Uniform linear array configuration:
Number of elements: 4
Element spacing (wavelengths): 0.75
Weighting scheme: binomial
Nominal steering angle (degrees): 45
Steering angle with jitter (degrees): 43.646
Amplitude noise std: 0.05
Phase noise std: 0.05

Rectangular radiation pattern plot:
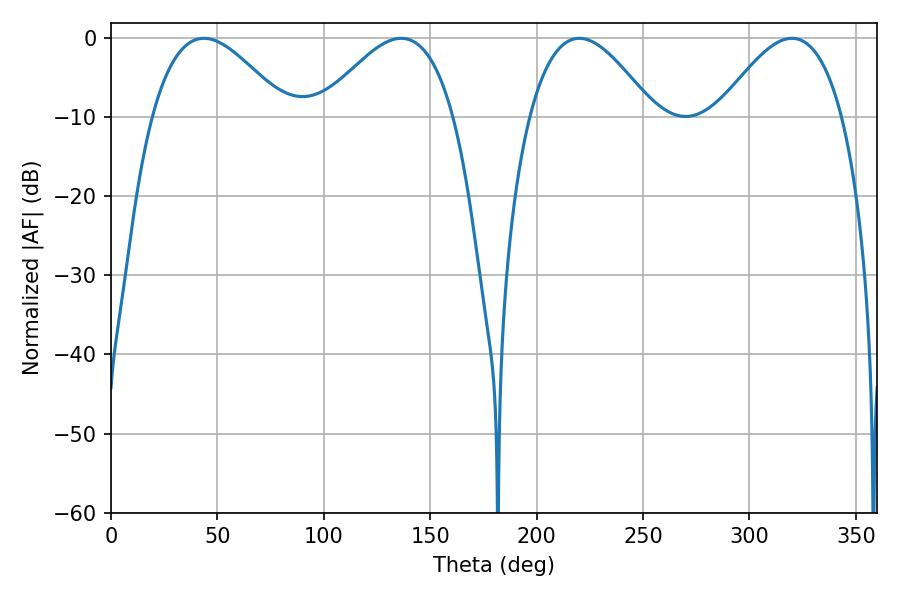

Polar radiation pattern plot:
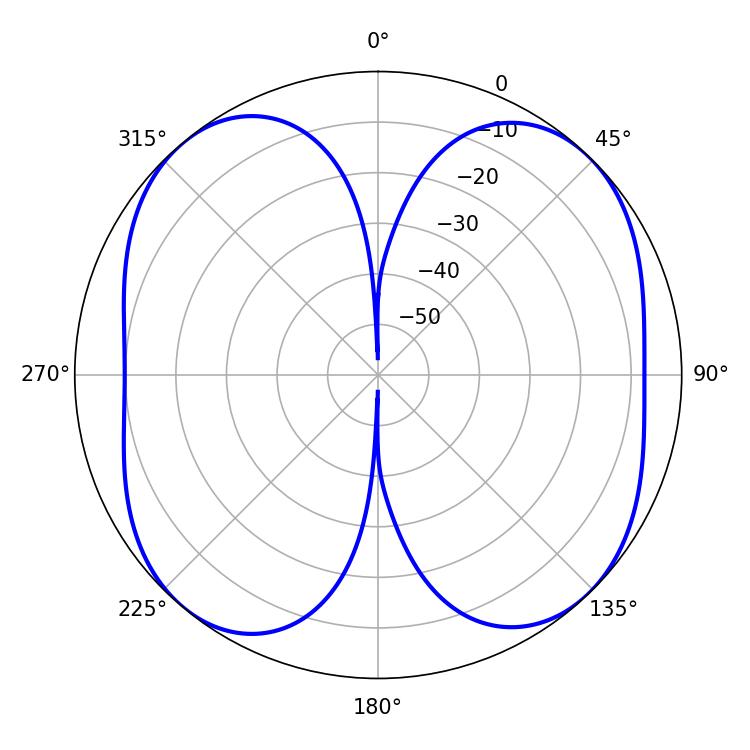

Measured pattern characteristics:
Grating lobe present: TRUE
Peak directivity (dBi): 12.103
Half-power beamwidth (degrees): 31.68
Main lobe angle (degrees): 219.96